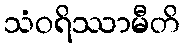
သံဝရိဿာမီတိ